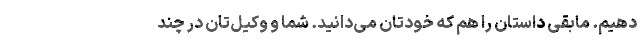
دهیم. مابقی داستان را هم که خودتان می‌دانید. شما و وکیل‌تان در چند